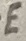
Text: E